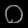
Digit: ၀